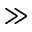
\gg